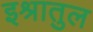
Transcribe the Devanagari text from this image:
इश्रातुल